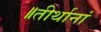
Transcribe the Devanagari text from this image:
॥तीर्थानां